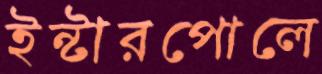
ইন্টারপোলে